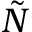
\tilde { N }